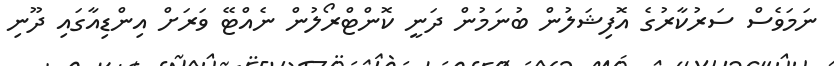
ނަމަވެސް ސަރުކާރުގެ އޮފިޝަލުން ބުނަމުން ދަނީ ކޮންޓްރޯލުން ނެއްޓޭ ވަރަށް އިންޑިއާގައި ދޫނި